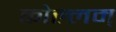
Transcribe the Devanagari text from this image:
कोल्लम्‌